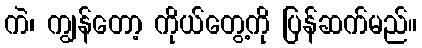
ကဲ၊ ကျွန်တော့ ကိုယ်တွေ့ကို ပြန်ဆက်မည်။